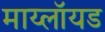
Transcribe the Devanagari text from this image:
माय्लॉयड